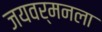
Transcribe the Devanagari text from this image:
जयवर्मनला